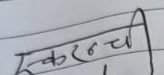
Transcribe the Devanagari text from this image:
रुक्मनची